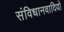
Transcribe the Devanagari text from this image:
संविधानवादियों